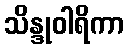
သိန္ဒုဝါရိကာ